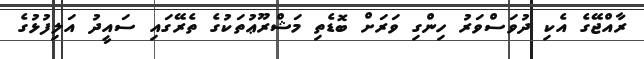
ރާއްޖޭގެ އެކި ދުވަސްވަރު ހިންގި ވަރަށް ބޮޑެތި މަޝްރޫޢުތަކުގެ ތެރޭގައި ސައީދު އަލިފުޅުގެ